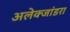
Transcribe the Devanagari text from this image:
अलेक्जांडरा